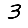
Digit: 3